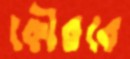
কৌরবে